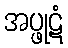
အပ္ဖုဋံ